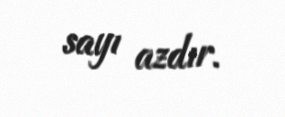
sayı azdır.